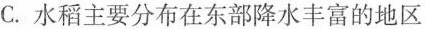
C.水稻主要分布在东部降水丰富的地区